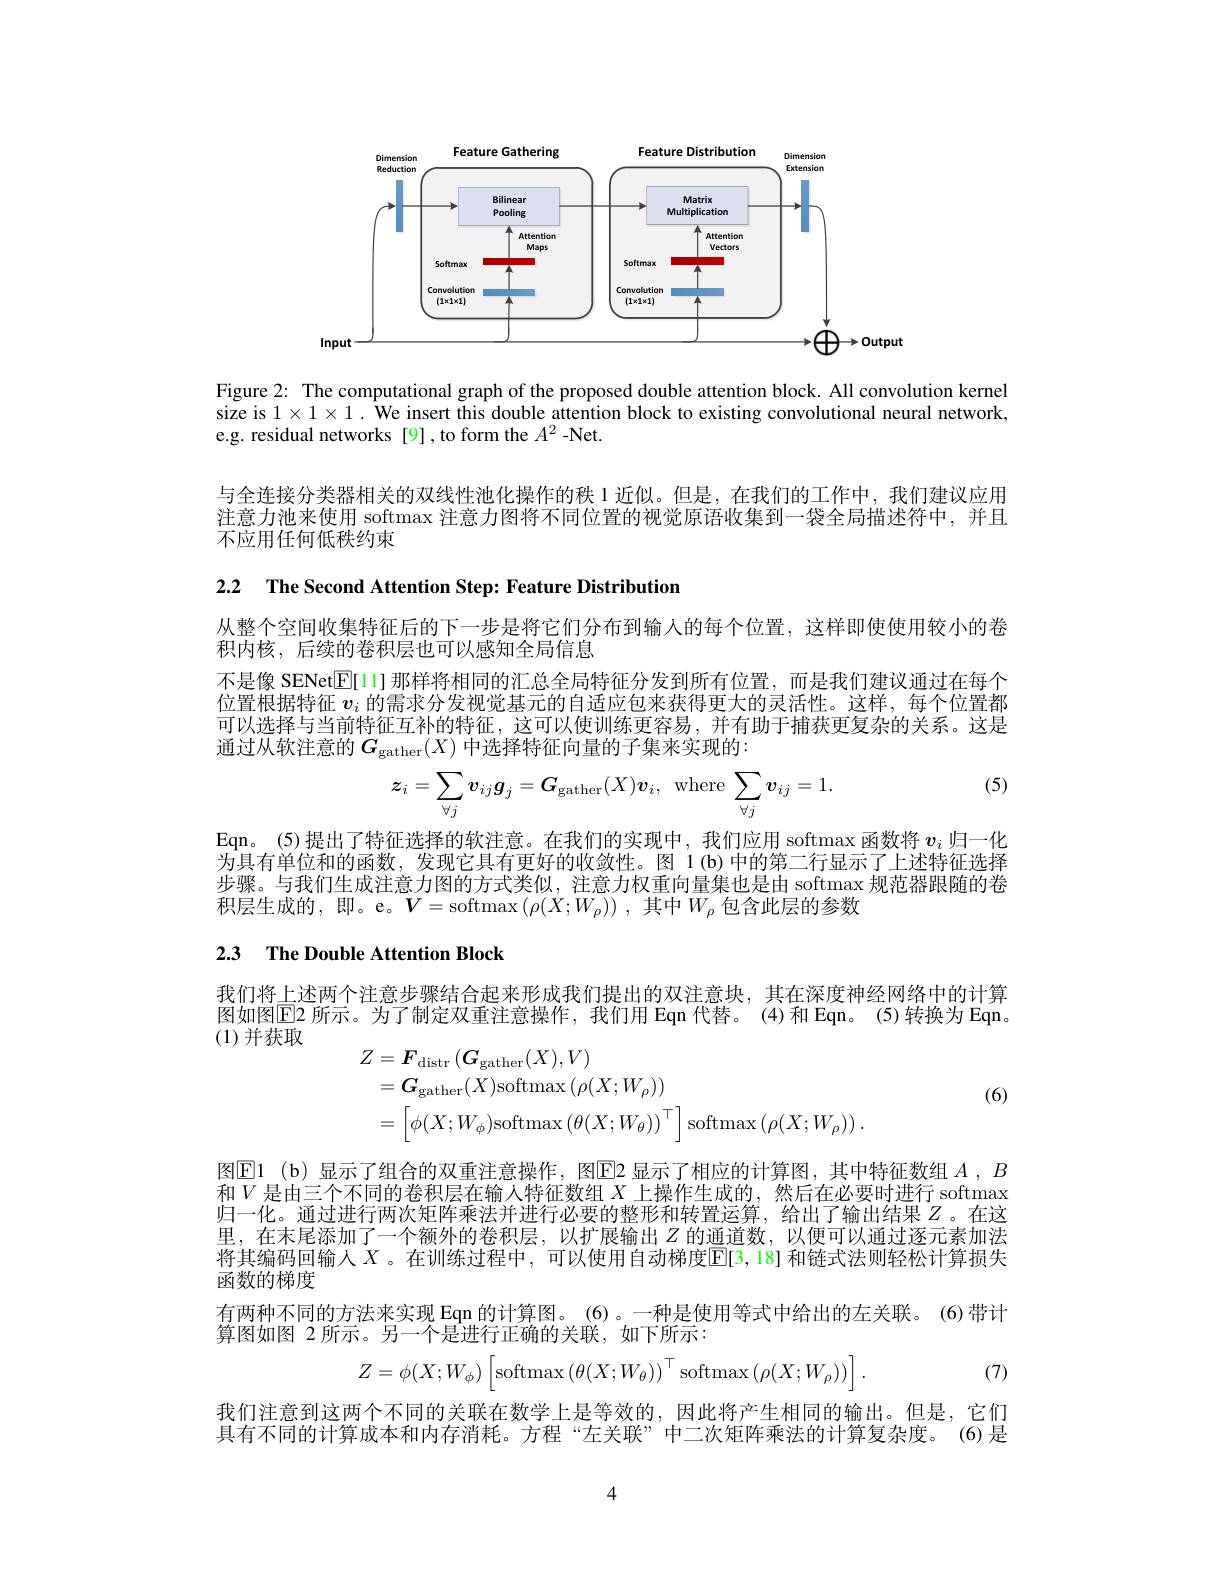
<FigureHere>

Figure 2: The computational graph of the proposed double attention block. All convolution kernel size is $1\times1\times1.$ We insert this double attention block to existing convolutional neural network, e.g. residual networks [9], to form the $A^2$ -Net.

与全连接分类器相关的双线性池化操作的秩 1 近似。但是，在我们的工作中，我们建议应用注意力池来使用 softmax 注意力图将不同位置的视觉原语收集到一袋全局描述符中，并且不应用任何低秩约束

2.2 $\textbf{The Second Attention Step: Feature Distribution}$

从整个空间收集特征后的下一步是将它们分布到输入的每个位置，这样即使使用较小的卷
积内核，后续的卷积层也可以感知全局信息
不是像 SENet[E[1] 那样将相同的汇总全局特征分发到所有位置，而是我们建议通过在每个位置根据特征$v_i$的需求分发视觉基元的自适应包来获得更大的灵活性。这样，每个位置都可以选择与当前特征互补的特征，这可以使训练更容易，并有助于捕获更复杂的关系。这是通过从软注意的$G_\mathrm{gather}(X)$中选择特征向量的子集来实现的：

(5)
$$\boldsymbol{z}_{i}=\sum\limits_{\forall j}\boldsymbol{v}_{ij}\boldsymbol{g}_{j}=\boldsymbol{G}_{\mathrm{gather}}(X)\boldsymbol{v}_{i},\:\mathrm{where}\:\sum\limits_{\forall j}\boldsymbol{v}_{ij}=1.$$
Eqn。(5)提出了特征选择的软注意。在我们的实现中，我们应用 softmax 函数将$v_i$归一化为具有单位和的函数，发现它具有更好的收敛性。图 1(b)中的第二行显示了上述特征选择步骤。与我们生成注意力图的方式类似，注意力权重向量集也是由 softmax 规范器跟随的卷积层生成的，即。e。$V=$softmax$\left(\rho(X;W_{\rho})\right)$,其中$W_\rho$包含此层的参数

## 2.3 The Double Attention Block

我们将上述两个注意步骤结合起来形成我们提出的双注意块，其在深度神经网络中的计算图如图$\mathbb{E}$2 所示。为了制定双重注意操作，我们用 Eqn 代替。(4)和 Eqn。(5)转换为 Eqn。(1)并获取
$$\begin{aligned}\text{Z}&=\boldsymbol{F}_{\mathrm{distr}}\left(\boldsymbol{G}_{\mathrm{gather}}(X),V\right)\\&=\boldsymbol{G}_{\mathrm{gather}}(X)\mathrm{softmax}\left(\rho(X;W_{\rho})\right)\\&=\left[\phi(X;W_{\phi})\mathrm{softmax}\left(\theta(X;W_{\theta})\right)^{\top}\right]\mathrm{softmax}\left(\rho(X;W_{\rho})\right).\end{aligned}$$
(6)

图$\operatorname{El}_\mathrm{(b)显示了组合的双重注意操作，图}\operatorname{E2}$ 显示了相应的计算图，其中特征数组 $A,B$

和$V$是由三个不同的卷积层在输人特征数组$X$上操作生成的，然后在必要时进行 softmax 归一化。通过进行两次矩阵乘法并进行必要的整形和转置运算，给出了输出结果$Z$ 。在这里，在末尾添加了一个额外的卷积层，以扩展输出$Z$ 的通道数，以便可以通过逐元素加法将其编码回输人 $X$ 。在训练过程中，可以使用自动梯度$\overline{\mathbb{E}}[3,18]$ 和链式法则轻松计算损失函数的梯度
有两种不同的方法来实现 Eqn 的计算图。(6)。一种是使用等式中给出的左关联。(6)带计
算图如图 2 所示。另一个是进行正确的关联，如下所示：
$$Z=\phi(X;W_\phi)\left[\mathrm{softmax}\left(\theta(X;W_\theta)\right)^\top\mathrm{softmax}\left(\rho(X;W_\rho)\right)\right].$$
(7)

我们注意到这两个不同的关联在数学上是等效的，因此将产生相同的输出。但是，它们具有不同的计算成本和内存消耗。方程“左关联”中二次矩阵乘法的计算复杂度。(6)是

4